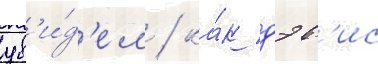
ув'и́д'ел / ка́к дэв'ис